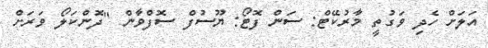
އަލަަށް ހެދި ވަގުތީ މާރުކޭޓް: ސަން ފޮޓޯ: ޔޫސުފް ސޮފްވާން "ދޮންކަލޯ ވަރަށް